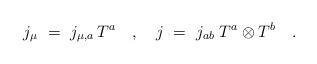
LaTeX: \begin{align*}j_\mu~=~j_{\mu,a} \, T^a~~~,~~~j~=~j_{ab} \; T^a\otimes T^b~~~. \end{align*}